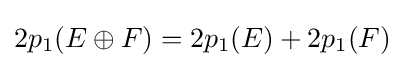
2p_{1}(E\oplus F)=2p_{1}(E)+2p_{1}(F)